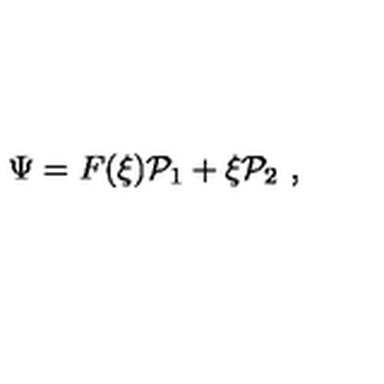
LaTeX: \Psi = F ( \xi ) { \cal P } _ { 1 } + \xi { \cal P } _ { 2 } \ ,